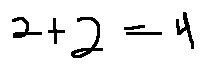
2 + 2 = 4